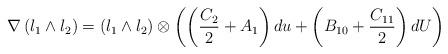
LaTeX: \begin{align*} \nabla \left( l_1 \wedge l_2\right) = \left( l_1 \wedge l_2 \right) \otimes \left( \left( \frac{C_2}{2}+A_1 \right) du + \left( B_{10} + \frac{C_{11}}{2}\right) dU \right) \end{align*}